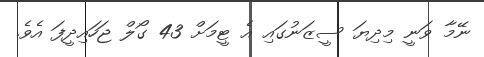
ނޭމާ ވަނީ މިދިޔަ ސީޒަނުގައި އެ ޓީމަށް 43 ގޯލް ޖަހައިދީފަ އެވެ.